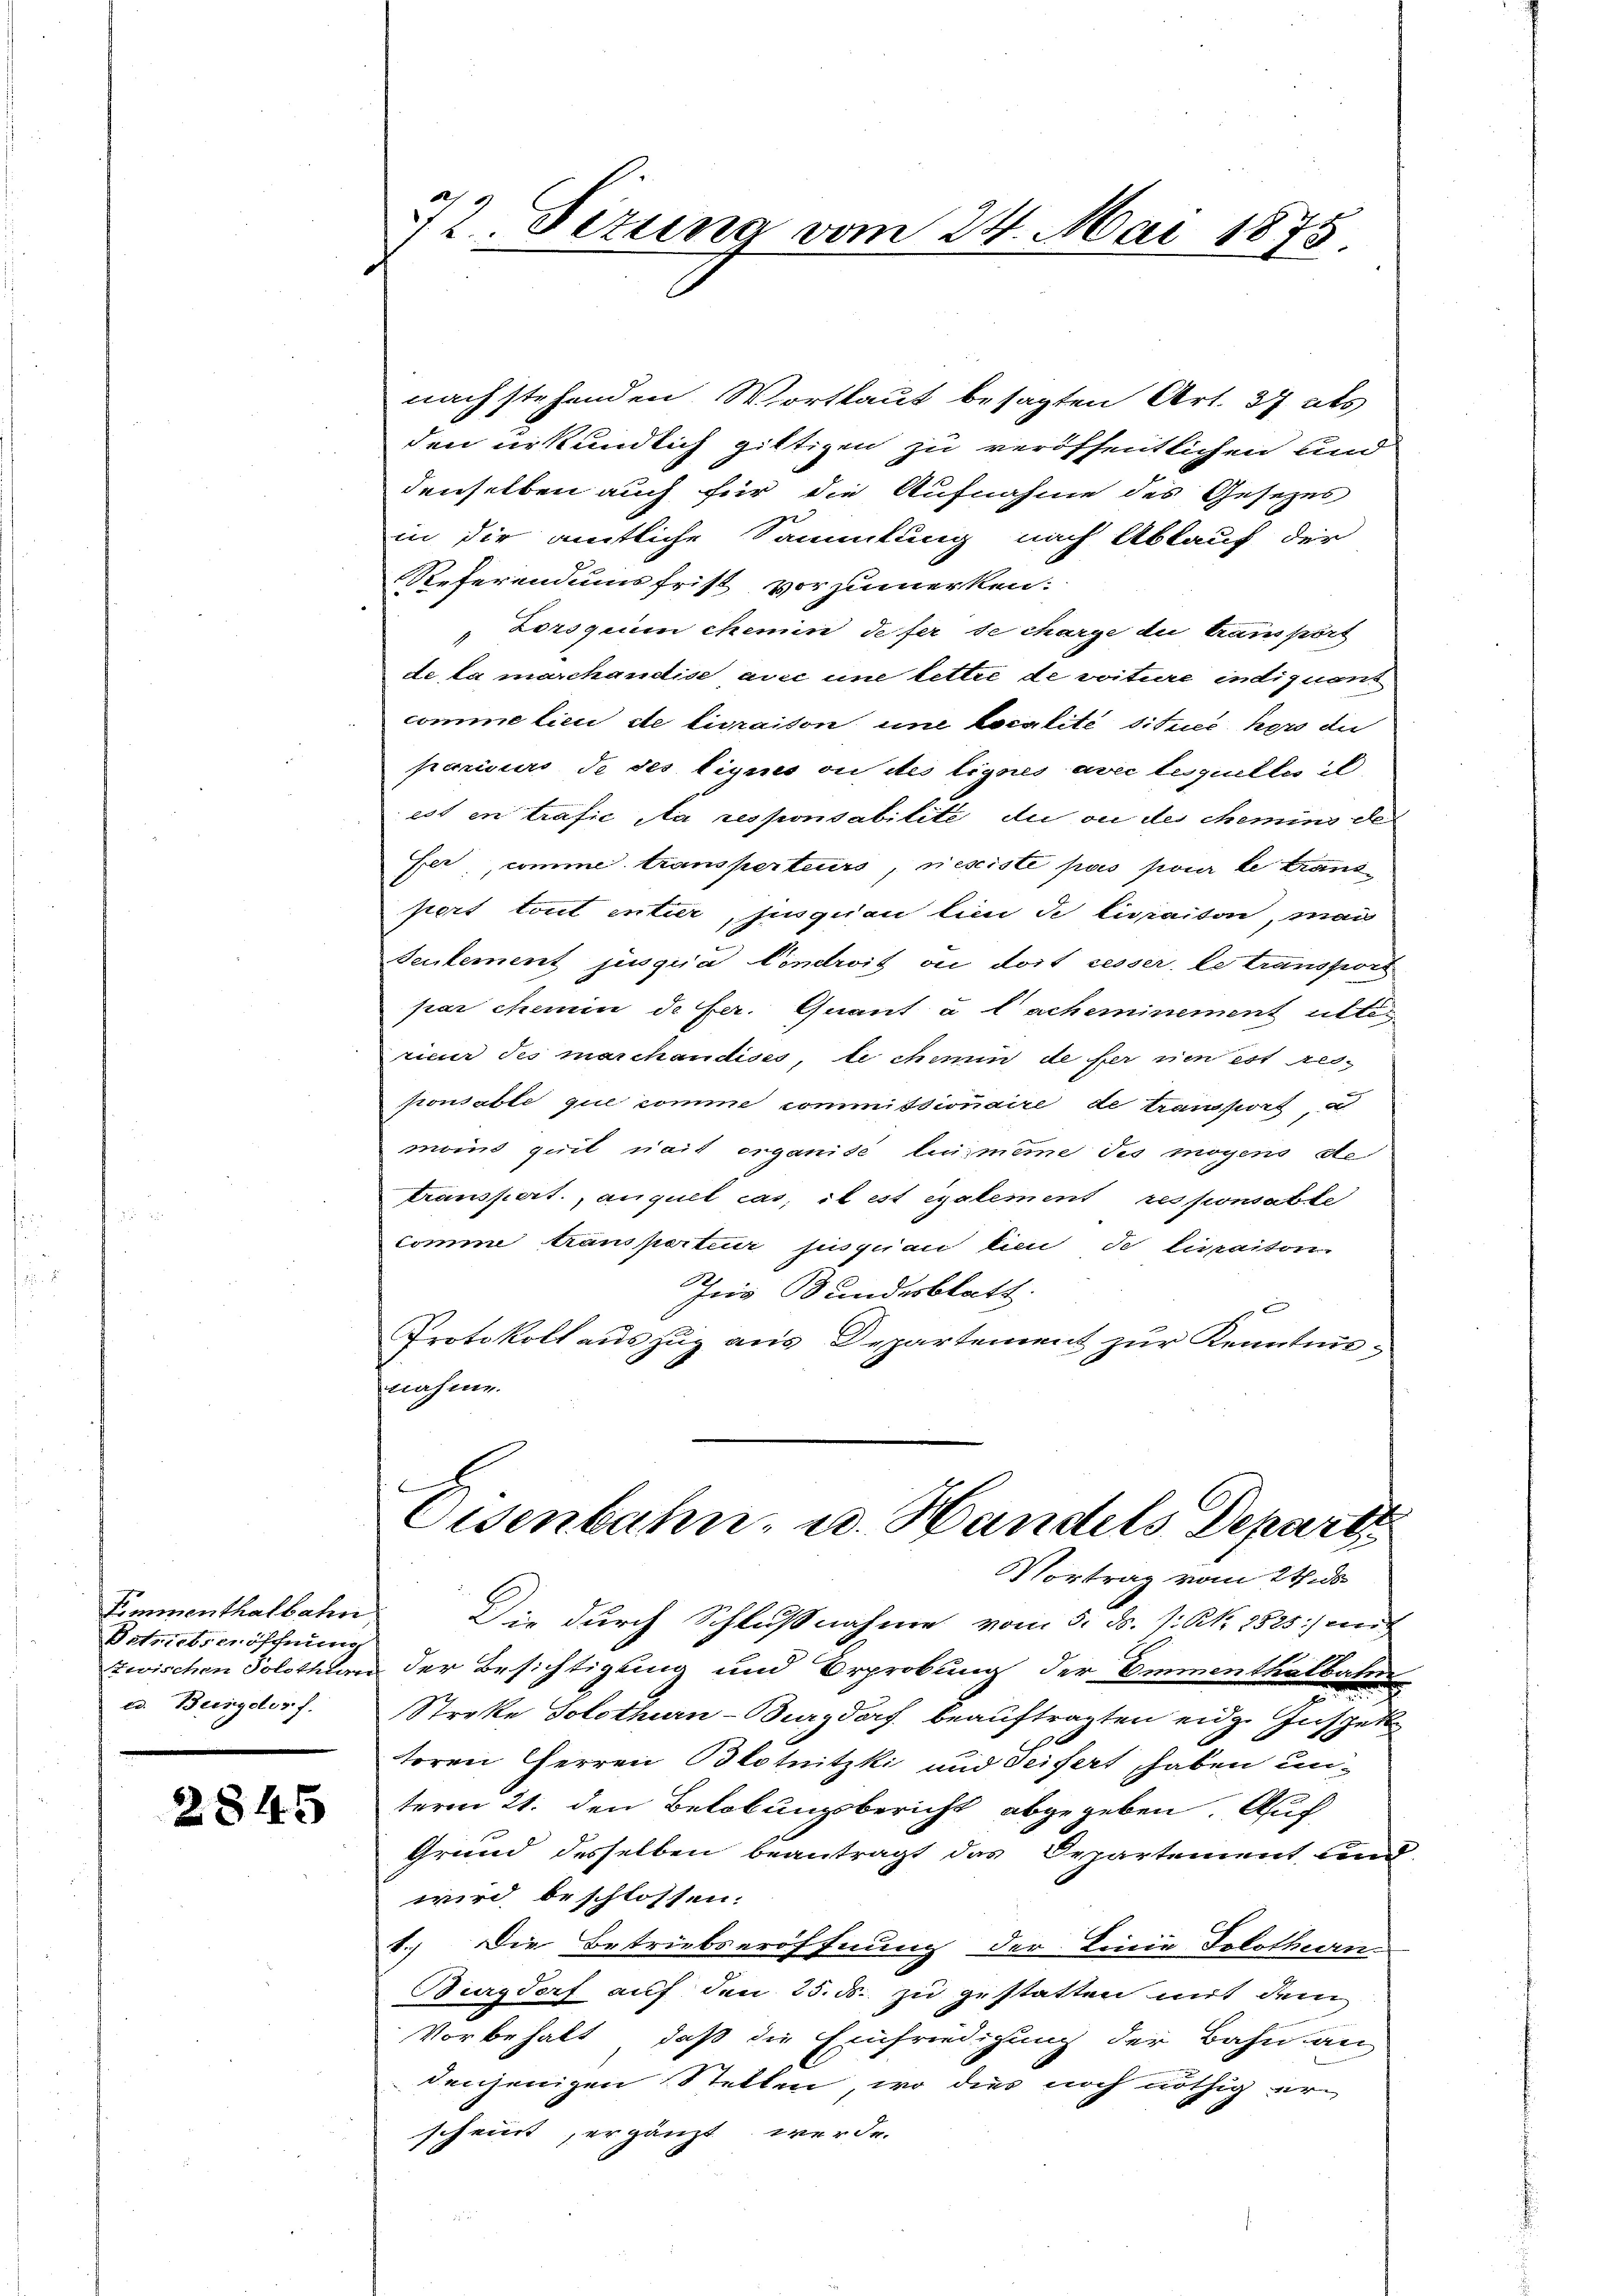
Simmenthalbahn,
Betriebseröffnung
td. Burgdorf.

2845

32 Situng vom 24. Mai 1875.

nach stehenden Wortlaut besagten Art. 37 als
den urkundlich giltigen zu veröffentlichen und
denselben auch für die Aufnahme des Gesezes
in dir amtliche Sammlung nach Ablauf der
Referendumsfrist vorzumerken:
"Lorogenen chemin de fer se charge du transport
de, la marchandise avec une lettre de vitere indiquent
comme lieu de livraison une Localité sitzes hers die
parisurs de des lignes ou des lignes avec lesquelles il
est en trafic Na responsabilité du ou des chemins der
fer, comme transperteurs, resiste pas pour le transpert tout entier, sin quan in de licanton, man
Seulement jusquia Vindroit ou doit resser, le transport
par chemin de fer. Quant u lacheminement atterieur des marchandises, le chemin de fernen est res-
ponsable que comme commissionaire de transport, d
mons quit nait erganide luimeme des mögens de
transpert., auguel cas, il est également responsabte
comme transpartiur jusquan lieu de livraitori
Jus Bundesblatt.
Protokoll auszug aus Departement zur Kenntninahme.

Vortrag vom 24. ds.
Die durch Schlußnahme vom 5. ds. 1. No. 1825. vert
Zwischen Solothland der Besichtigung und Erprobung der Emmenthalbatur
Streke Solothurn-Burgdorf beauftragten eidge Inspek
toren Herren Blotnitzki und Seifert, haben un-
term 21. den Belobungsbericht abgegeben. Auf
Grund desselben beantragt das Departement und
wird beschlossen:
1.) Die Betriebseröffnung der Linie Solothurn
Burgdorf auf den 25. ds. zu gestatten mit dem
Vorbehalt, daß die Einfriedigung der Bahn an
denjenigen Stellen, wo dies noch nöthig erscheint ergänzt werde.

Eisenbahn- u. Handels Departe